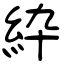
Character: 紣